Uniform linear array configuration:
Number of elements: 8
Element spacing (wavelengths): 0.25
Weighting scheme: uniform
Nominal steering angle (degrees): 60
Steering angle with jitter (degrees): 58.382
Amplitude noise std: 0.05
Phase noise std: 0.05

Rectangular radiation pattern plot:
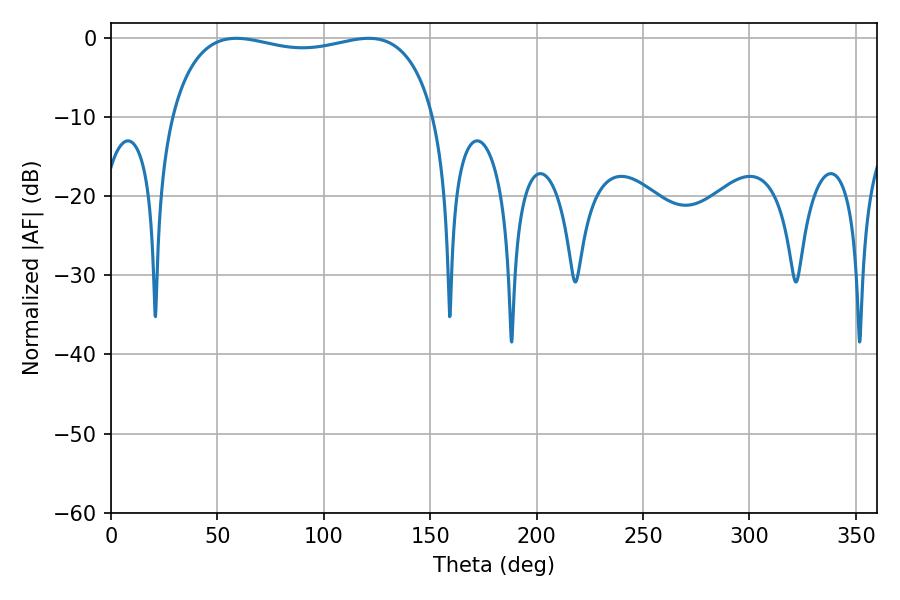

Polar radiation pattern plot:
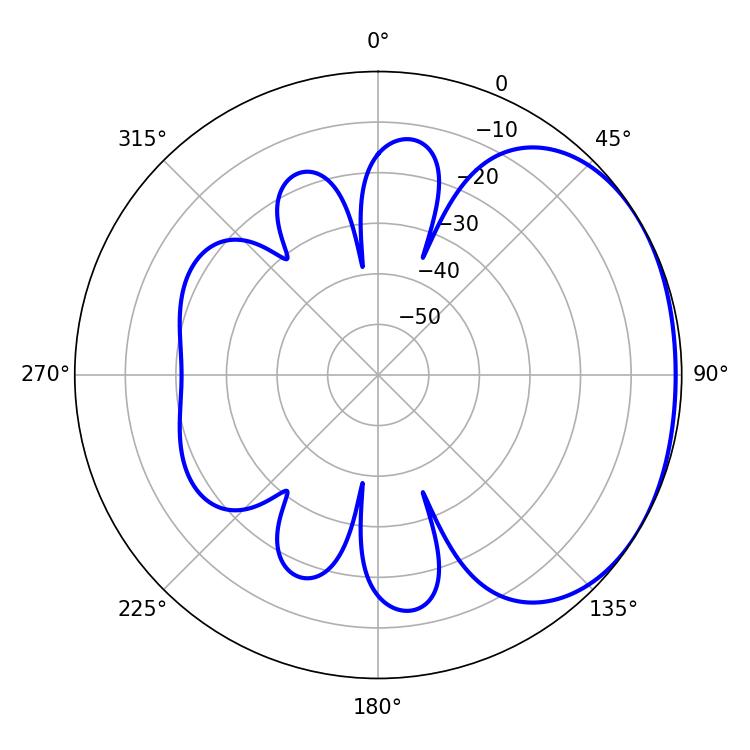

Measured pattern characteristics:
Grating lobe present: FALSE
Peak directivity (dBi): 1.635
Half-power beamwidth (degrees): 101.16
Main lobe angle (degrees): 58.86